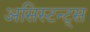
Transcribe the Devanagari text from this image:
असिस्टन्ट्स